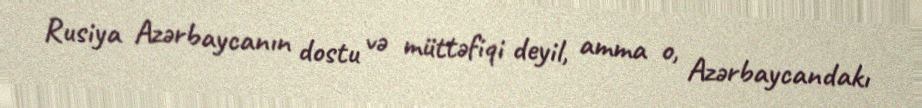
Rusiya Azərbaycanın dostu və müttəfiqi deyil, amma o, Azərbaycandakı